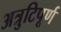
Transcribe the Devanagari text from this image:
अत्रुटिपूर्ण